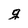
Character: g